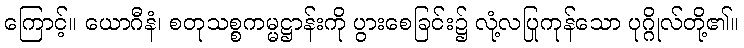
ကြောင့်။ ယောဂီနံ၊ စတုသစ္စကမ္မဋ္ဌာန်းကို ပွားစေခြင်း၌ လုံ့လပြုကုန်သော ပုဂ္ဂိုလ်တို့၏။